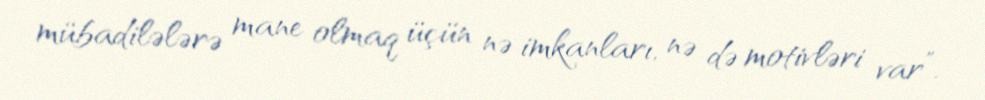
mübadilələrə mane olmaq üçün nə imkanları, nə də motivləri var”.